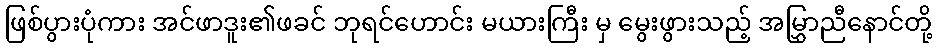
ဖြစ်ပွားပုံကား အင်ဖာဒူး၏ဖခင် ဘုရင်ဟောင်း မယားကြီး မှ မွေးဖွားသည့် အမြွှာညီနောင်တို့